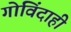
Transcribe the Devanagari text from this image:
गोविंदाही